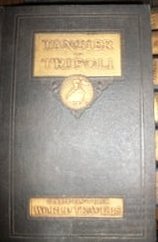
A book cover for From Tangier to Tripoli: Morocco, Algeria, Tunisia, Tripoli, and the Sahara (Carpenter's world travels); Frank G Carpenter; Travel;